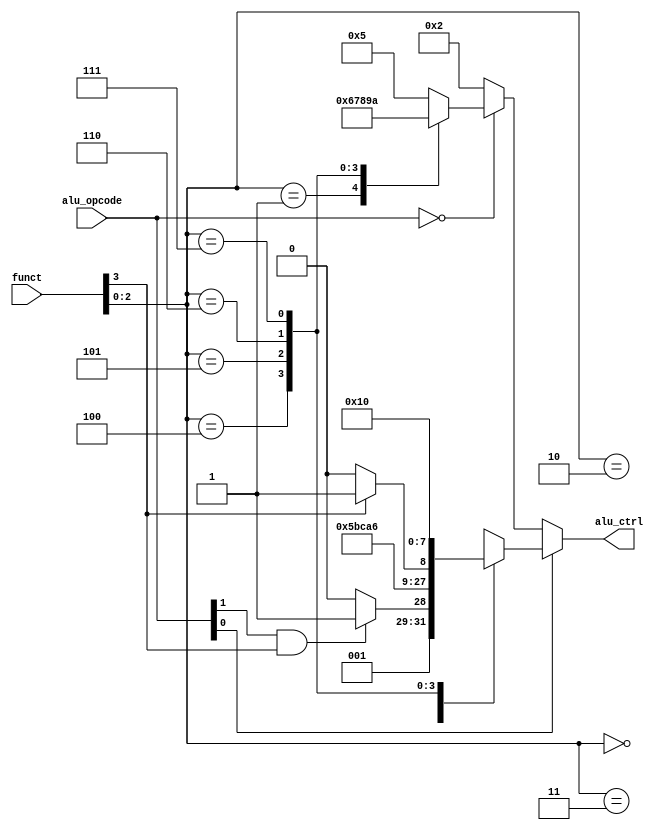
module alu_control(funct,alu_opcode,alu_ctrl);
    input [3:0] funct;
    input [1:0] alu_opcode;
    output reg [3:0] alu_ctrl;

    always @ (*) begin
        if (alu_opcode[0] == 1'b1)
            case (funct[2:0])
                0: alu_ctrl <= (alu_opcode[1] & funct[3]) ? 4'd3 : 4'd2;
                1: alu_ctrl <= 4'd11; //shift left
                2: alu_ctrl <= 4'd7; //slt
                3: alu_ctrl <= 4'd9; //sltu
                4: alu_ctrl <= 4'd4; //xor
                5: alu_ctrl <= funct[3] ? 4'd13 : 4'd12;// shift right
                6: alu_ctrl <= 4'd1; //or 
                7: alu_ctrl <= 4'd0; //and
                default: alu_ctrl <= 4'd0;
            endcase
        else if (alu_opcode == 2'b00)
            case (funct[2:0])
                0: alu_ctrl <= 4'd5;
                1: alu_ctrl <= 4'd6;
                4: alu_ctrl <= 4'd7;
                5: alu_ctrl <= 4'd8;
                6: alu_ctrl <= 4'd9;
                7: alu_ctrl <= 4'd10;
                default: alu_ctrl <= 4'd5;
            endcase
        else
            alu_ctrl <= 4'd2;
    end
endmodule